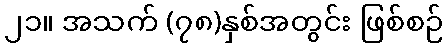
၂၁။ အသက် (၇၈)နှစ်အတွင်း ဖြစ်စဉ်